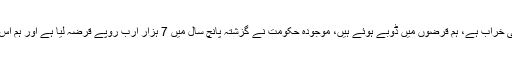
انہوں نے کہا کہ ملک کی معاشی حالت انتہائی خراب ہے، ہم قرضوں میں ڈوبے ہوئے ہیں، موجودہ حکومت نے گزشتہ پانچ سال میں 7 ہزار ارب روپے قرضہ لیا ہے اور ہم اس وقت 21 ہزار ارب روپے کے مقروض ہیں۔